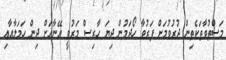
މަސްތުވާތަކެތިން ދުރުވުމަށް ފަރުވާ ހޯދަމުން ދިޔަ ހާރިސް މަރުވީ އޭނާއަށް ދިން ހަމަލާއާއި